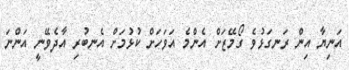
އަނިޔާ އިން ރަނގަޅުވެ ގޯމޭޒަށް އެންމެ އަވަހަށް ކުޅުމަށް އެނބުރި އާދެވޭނީ އަންނަ